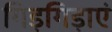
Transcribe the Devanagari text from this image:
गिड़गिड़ाएं